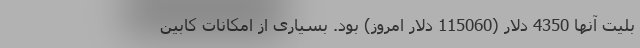
بلیت آنها 4350 دلار (115060 دلار امروز) بود. بسیاری از امکانات کابین